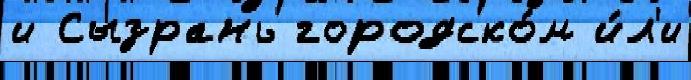
и Сызрань городско́м и́л'и